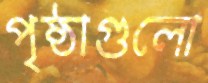
পৃষ্ঠাগুলো